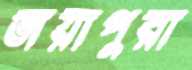
জয়াপুরা